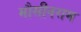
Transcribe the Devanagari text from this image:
मौसीनराम